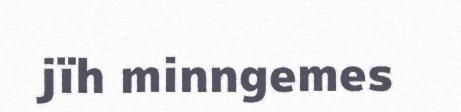
jïh minngemes